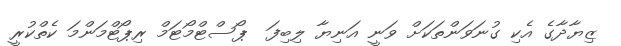
ޒިޔާދާގެ އެކި ގުނަވަންތަކަށް ވަނީ އަނިޔާ ލިބިފަ  ޕޯސްޓްމޯޓަމް ރިޕޯޓްމަންމަ ކެތްކުރީ